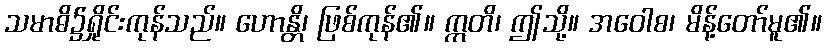
သမာဓိ၌ရှိုင်းကုန်သည်။ ဟောန္တိ၊ ဖြစ်ကုန်၏။ ဣတိ၊ ဤသို့။ အဝေါစ၊ မိန့်တော်မူ၏။